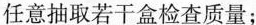
任意抽取若干盒检查质量；